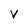
Character: V